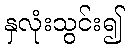
နှလုံးသွင်း၍